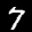
Label: 7